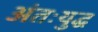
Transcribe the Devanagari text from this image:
अंतःयुद्ध